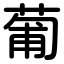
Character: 葡